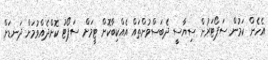
އެހެން ކަމުން ސަޕޯޓަރުން ސިޔާސީ ދެބަސްވުންތައް އެއްކިބާކޮށް ޓީމަށް ސަޕޯޓު ކޮށްދެއްވުމަށް ދަނޑަށް